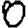
Digit: 0